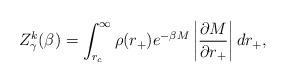
LaTeX: \begin{align*}Z_{\gamma }^{k}(\beta )=\int_{r_{c}}^{\infty }\rho (r_{+})e^{-\beta M}\left|\frac{\partial M}{\partial r_{+}}\right| dr_{+}, \end{align*}